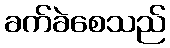
ခက်ခဲစေသည်